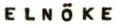
ELNÖKE